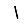
Digit: 1